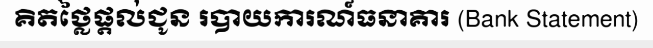
គិតថ្លៃផ្តល់ជូន របាយការណ៍ធនាគារ (Bank Statement)